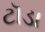
ટૉડા